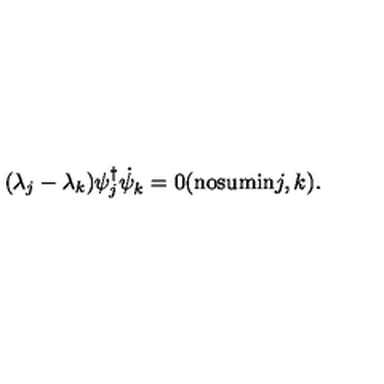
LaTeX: ( \lambda _ { j } - \lambda _ { k } ) \psi _ { j } ^ { \dagger } { \dot { \psi } } _ { k } ^ { } = 0 \mathrm { ( n o s u m i n } j , k \mathrm { ) } .